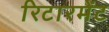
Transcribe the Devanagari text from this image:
रिटारमेंट